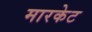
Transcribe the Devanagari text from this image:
मारकेट